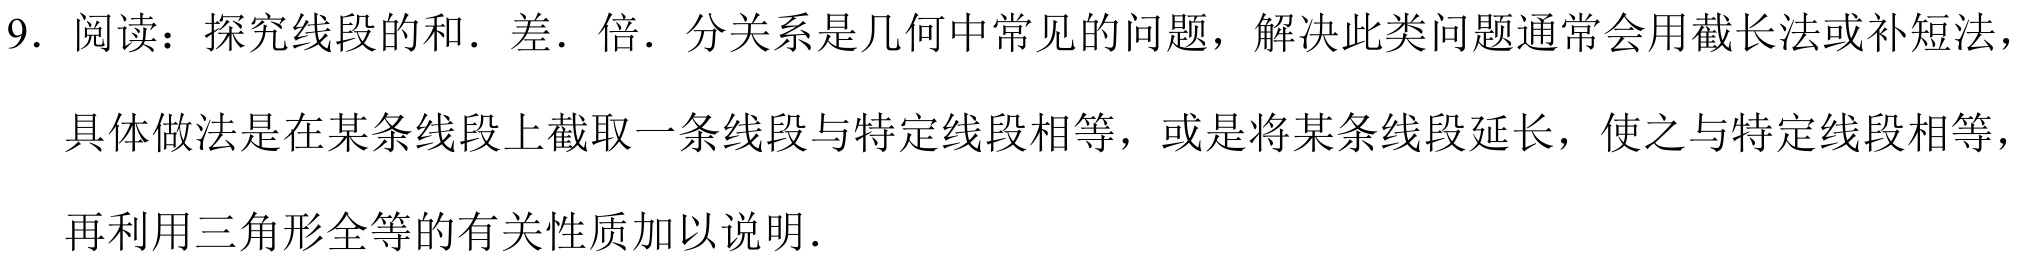
9. 阅读：探究线段的和．差．倍．分关系是几何中常见的问题，解决此类问题通常会用截长法或补短法，
具体做法是在某条线段上截取一条线段与特定线段相等，或是将某条线段延长，使之与特定线段相等，
再利用三角形全等的有关性质加以说明．